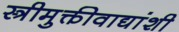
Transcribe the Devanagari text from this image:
स्त्रीमुक्तीवाद्यांशी